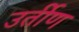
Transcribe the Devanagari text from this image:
उर्तीण